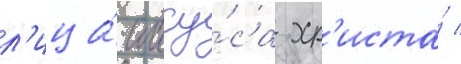
л'ица́ иису́са хр'иста́ /